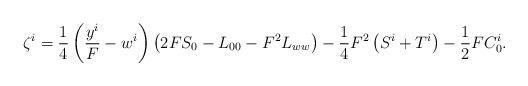
LaTeX: \begin{align*}\zeta^i &= \frac{1}{4}\left( \frac{y^i}{F} - w^i \right) \left( 2FS_0 - L_{00} - F^2L_{ww}\right) - \frac{1}{4}F^2\left( S^i + T^i\right) - \frac{1}{2}FC^i_0 .\end{align*}